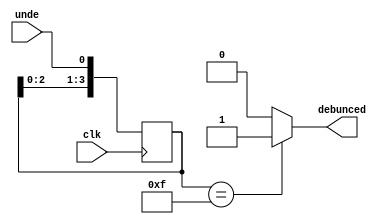
module debunce(clk,unde,debunced);
    input clk,unde;
    output debunced;
    reg[3:0] tmp;
    always @(posedge clk) begin
        tmp[3:1]<=tmp[2:0];
        tmp[0]<=unde;
    end
    assign debunced=((tmp==4'b1111)?1'b1:1'b0);
endmodule // debunce